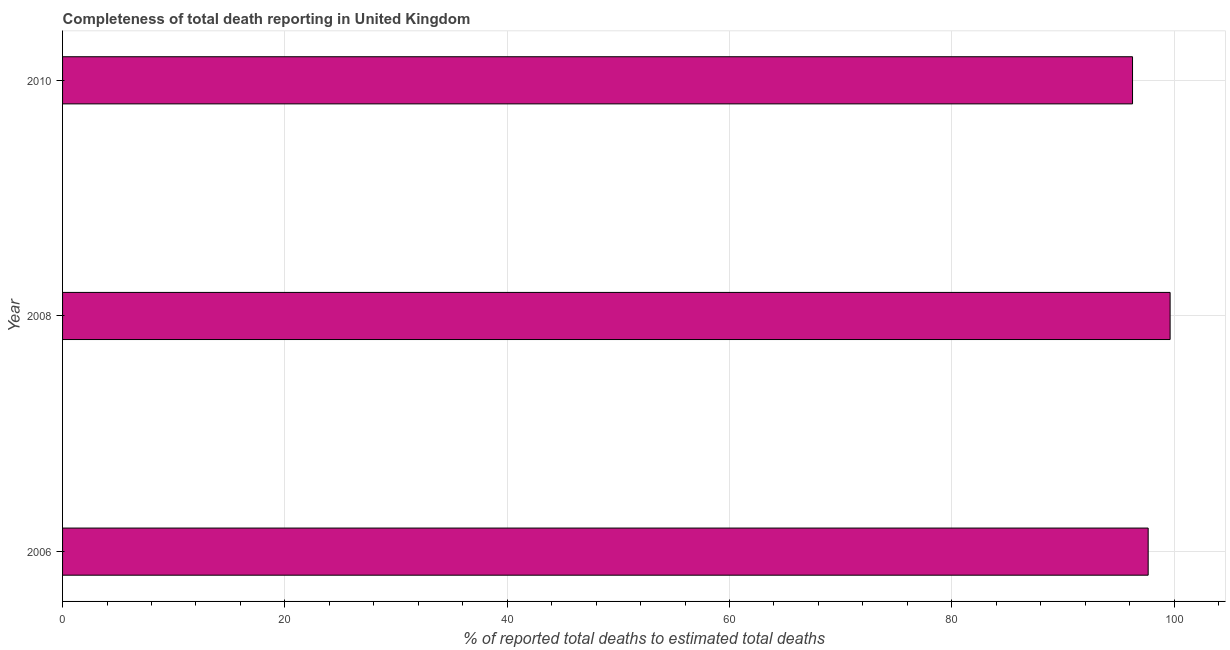
| Year | Completeness of total death reporting  |
 | --- | --- |
 | 2006 | 97.7 |
 | 2008 | 99.6 |
 | 2010 | 96.3 |